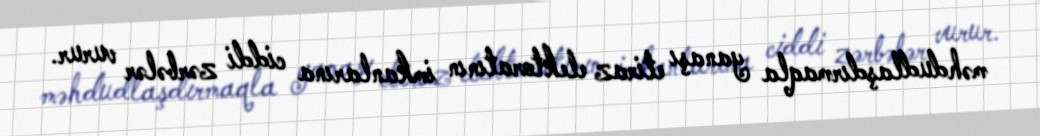
məhdudlaşdırmaqla yanaşı etiraz elektoratının imkanlarına ciddi zərbələr vurur.